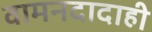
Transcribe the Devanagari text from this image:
वामनदादाही